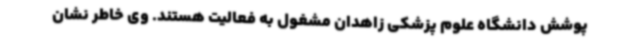
پوشش دانشگاه علوم پزشکی زاهدان مشغول به فعالیت هستند. وی خاطر نشان